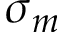
\sigma _ { m }